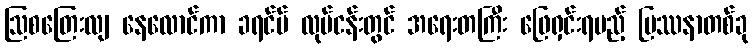
ဩစတြေးလျ နေလောင်ကာ ခရင်မ် လုပ်ငန်းတွင် အရေးတကြီး ဖြေရှင်းရမည့် ပြဿနာတစ်ခု